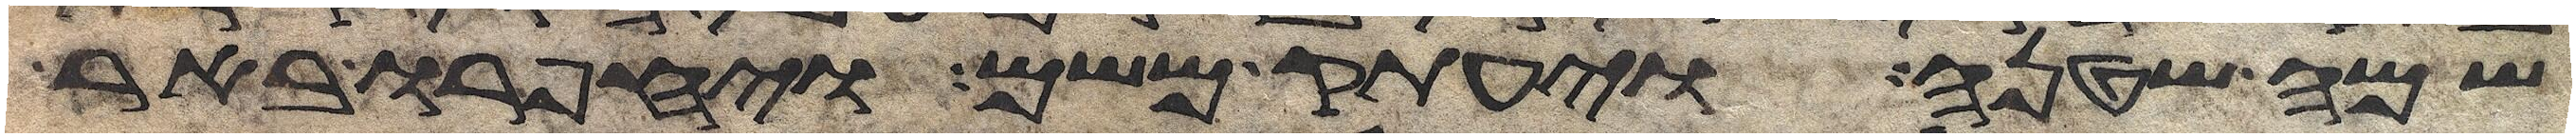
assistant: שמה שטנה ויעתק משם ויחפרו באר